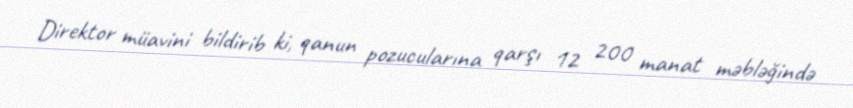
Direktor müavini bildirib ki, qanun pozucularına qarşı 12 200 manat məbləğində